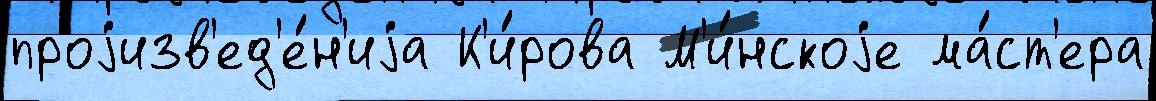
проjизв'ед'е́н'иjа К'и́рова М'и́нскоjе ма́ст'ера